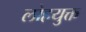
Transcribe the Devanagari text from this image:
लोहयुक्त